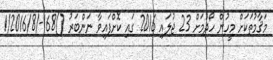
މަޤާމުތަކަށް މީހުން ހޯދުމަށް 23 ޖުލައި 2016 ގައި ކޮށްފައިވާ ނަންބަރު ()168-/1/2016/8